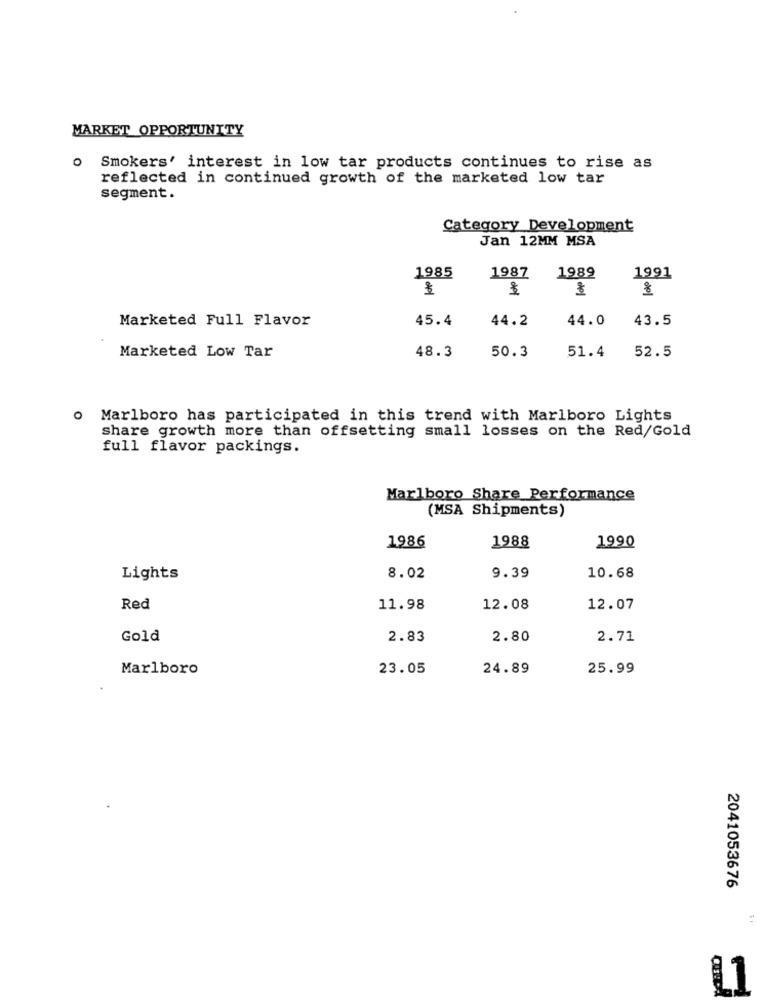
MARKET OPPORTUNITY
o Smokers' interest in low tar products continues to rise as
reflected in continued growth of the marketed low tar
segment.
Category Development
Jan 12MM MSA
1985
1987
1989
1991
Marketed Full Flavor
45.4
44.2
44.0
43.5
48.3
51.4
Marketed Low Tar
50.3
52.5
Marlboro has participated in this trend with Marlboro Lights
share growth more than offsetting small losses on the Red/Gold
full flavor packings.
Marlboro Share Performance
(MSA Shipments)
1988
1990
1986
Lights
8.02
9.39
10.68
Red
11.98
12.08
12.07
Gold
2.83
2.80
2.71
Marlboro
23.05
24.89
25.99
2041053676
$ 1
L1